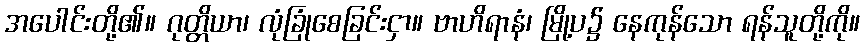
အပေါင်းတို့၏။ ဂုတ္တိယာ၊ လုံခြုံစေခြင်းငှာ။ ဗာဟိရာနံ၊ မြို့ပ၌ နေကုန်သော ရန်သူတို့ကို။